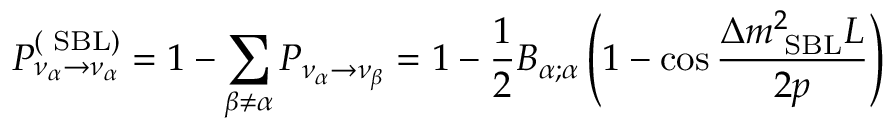
P _ { \nu _ { \alpha } \rightarrow \nu _ { \alpha } } ^ { ( \mathrm { \scriptsize ~ S B L } ) } = 1 - \sum _ { \beta \neq \alpha } P _ { \nu _ { \alpha } \rightarrow \nu _ { \beta } } = 1 - \frac { 1 } { 2 } B _ { \alpha ; \alpha } \left( 1 - \cos \frac { \Delta { m } _ { \mathrm { \scriptsize ~ S B L } } ^ { 2 } L } { 2 p } \right)